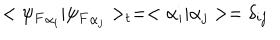
< { \psi _ { F } } _ { \alpha _ { i } } | { \psi _ { F } } _ { \alpha _ { j } } > _ { t } = < \alpha _ { i } | \alpha _ { j } > = \delta _ { i j }